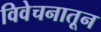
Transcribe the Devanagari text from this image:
विवेचनातून